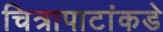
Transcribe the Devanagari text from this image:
चित्रापाटांकडे